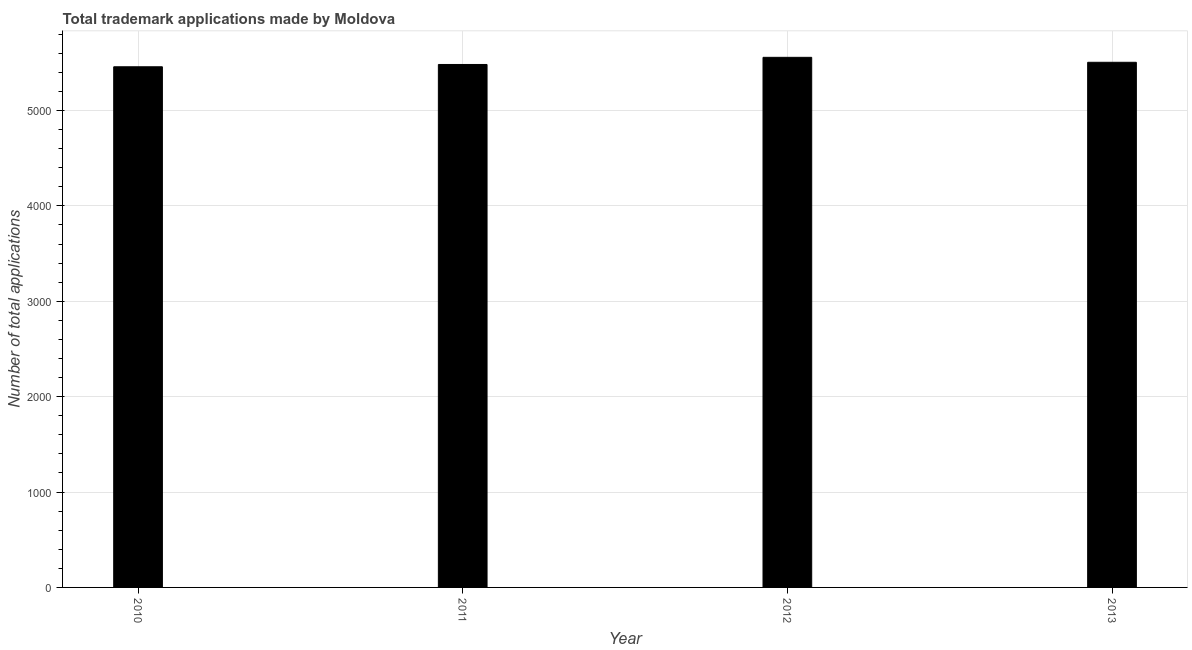
| Year | Trademark applications |
 | --- | --- |
 | 2010 | 5.46e+03 |
 | 2011 | 5.48e+03 |
 | 2012 | 5.56e+03 |
 | 2013 | 5.51e+03 |